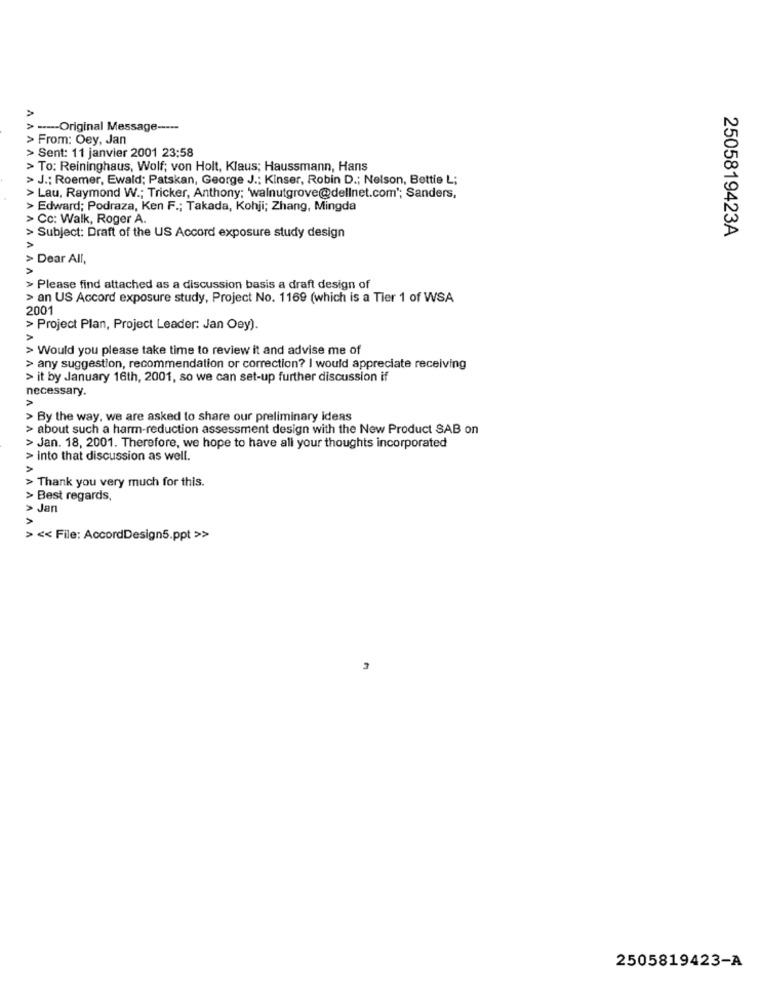
---- Original Message -----
> From: Oey, Jan
> Sent: 11 janvier 2001 23:58
> To: Reininghaus, Wolf; von Holt, Klaus; Haussmann, Hans
> J .; Roemer, Ewald; Patskan, George J .; Kinser, Robin D .; Nelson, Bettie L;
AAAAAA
> Lau, Raymond W .; Tricker, Anthony; 'walnutgrove@dellnet.com"; Sanders,
> Edward; Podraza, Ken F .; Takada, Kohji; Zhang, Mingda
> Cc: Walk, Roger A.
2505819423A
> Subject: Draft of the US Accord exposure study design
A
> Dear All,
> Please find attached as a discussion basis a draft design of
> an US Accord exposure study, Project No. 1169 (which is a Tier 1 of WSA
2001
> Project Plan, Project Leader: Jan Oey).
>
> Would you please take time to review it and advise me of
> any suggestion, recommendation or correction? I would appreciate receiving
> it by January 16th, 2001, so we can set-up further discussion if
necessary.
> By the way, we are asked to share our preliminary ideas
> about such a harm-reduction assessment design with the New Product SAB on
> Jan. 18, 2001. Therefore, we hope to have all your thoughts incorporated
> into that discussion as well.
> Thank you very much for this.
> Best regards,
> Jan
> << File: AccordDesign5.ppt >>
3
2505819423-A